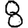
Digit: 8